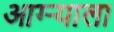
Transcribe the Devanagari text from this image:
आग्र्‍याला